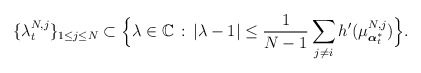
\begin{align*}\{\lambda_{t}^{N,j}\}_{1\leq j\leq N}\subset \Big\{\lambda\in\mathbb C\,:\,\left|\lambda-1\right|\leq \frac{1}{N-1}\sum_{j\not =i} h'(\mu^{N,j}_{\boldsymbol{\alpha}^*_t}) \Big\}.\end{align*}